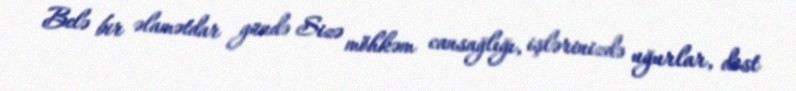
Belə bir əlamətdar gündə Sizə möhkəm cansağlığı, işlərinizdə uğurlar, dost